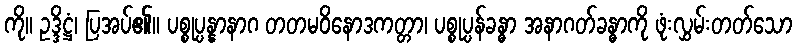
ကို။ ဥဒ္ဒိဋ္ဌံ၊ ပြအပ်၏။ ပစ္စုပ္ပန္နာနာဂ တတမဝိနောဒကတ္တာ၊ ပစ္စုပ္ပန်ခန္ဓာ အနာဂတ်ခန္ဓာကို ဖုံးလွှမ်းတတ်သော